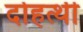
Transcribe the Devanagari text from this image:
दोहत्थी